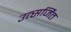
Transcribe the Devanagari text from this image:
उत्सर्जिंत